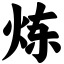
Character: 炼